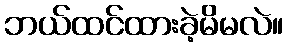
ဘယ်ထင်ထားခဲ့မိမလဲ။